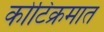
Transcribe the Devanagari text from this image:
कोटिक्रमात